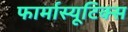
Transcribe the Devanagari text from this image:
फार्मास्यूटिक्स